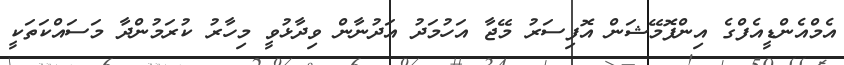
އެމްއެންޑީއެފްގެ އިންފޮމޭޝަން އޮފިސަރު މޭޖާ އަހުމަދު އަދުނާން ވިދާޅުވީ މިހާރު ކުރަމުންދާ މަސައްކަތަކީ